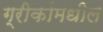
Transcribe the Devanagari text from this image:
ग्रीकांमधील